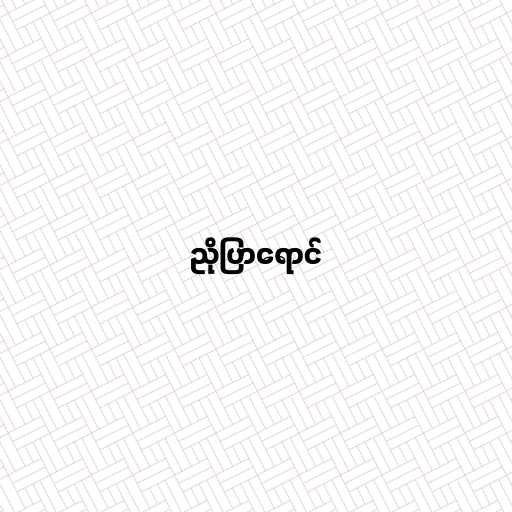
ညိုပြာရောင်